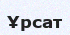
Ұрсат